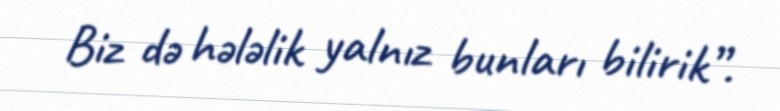
Biz də hələlik yalnız bunları bilirik”.